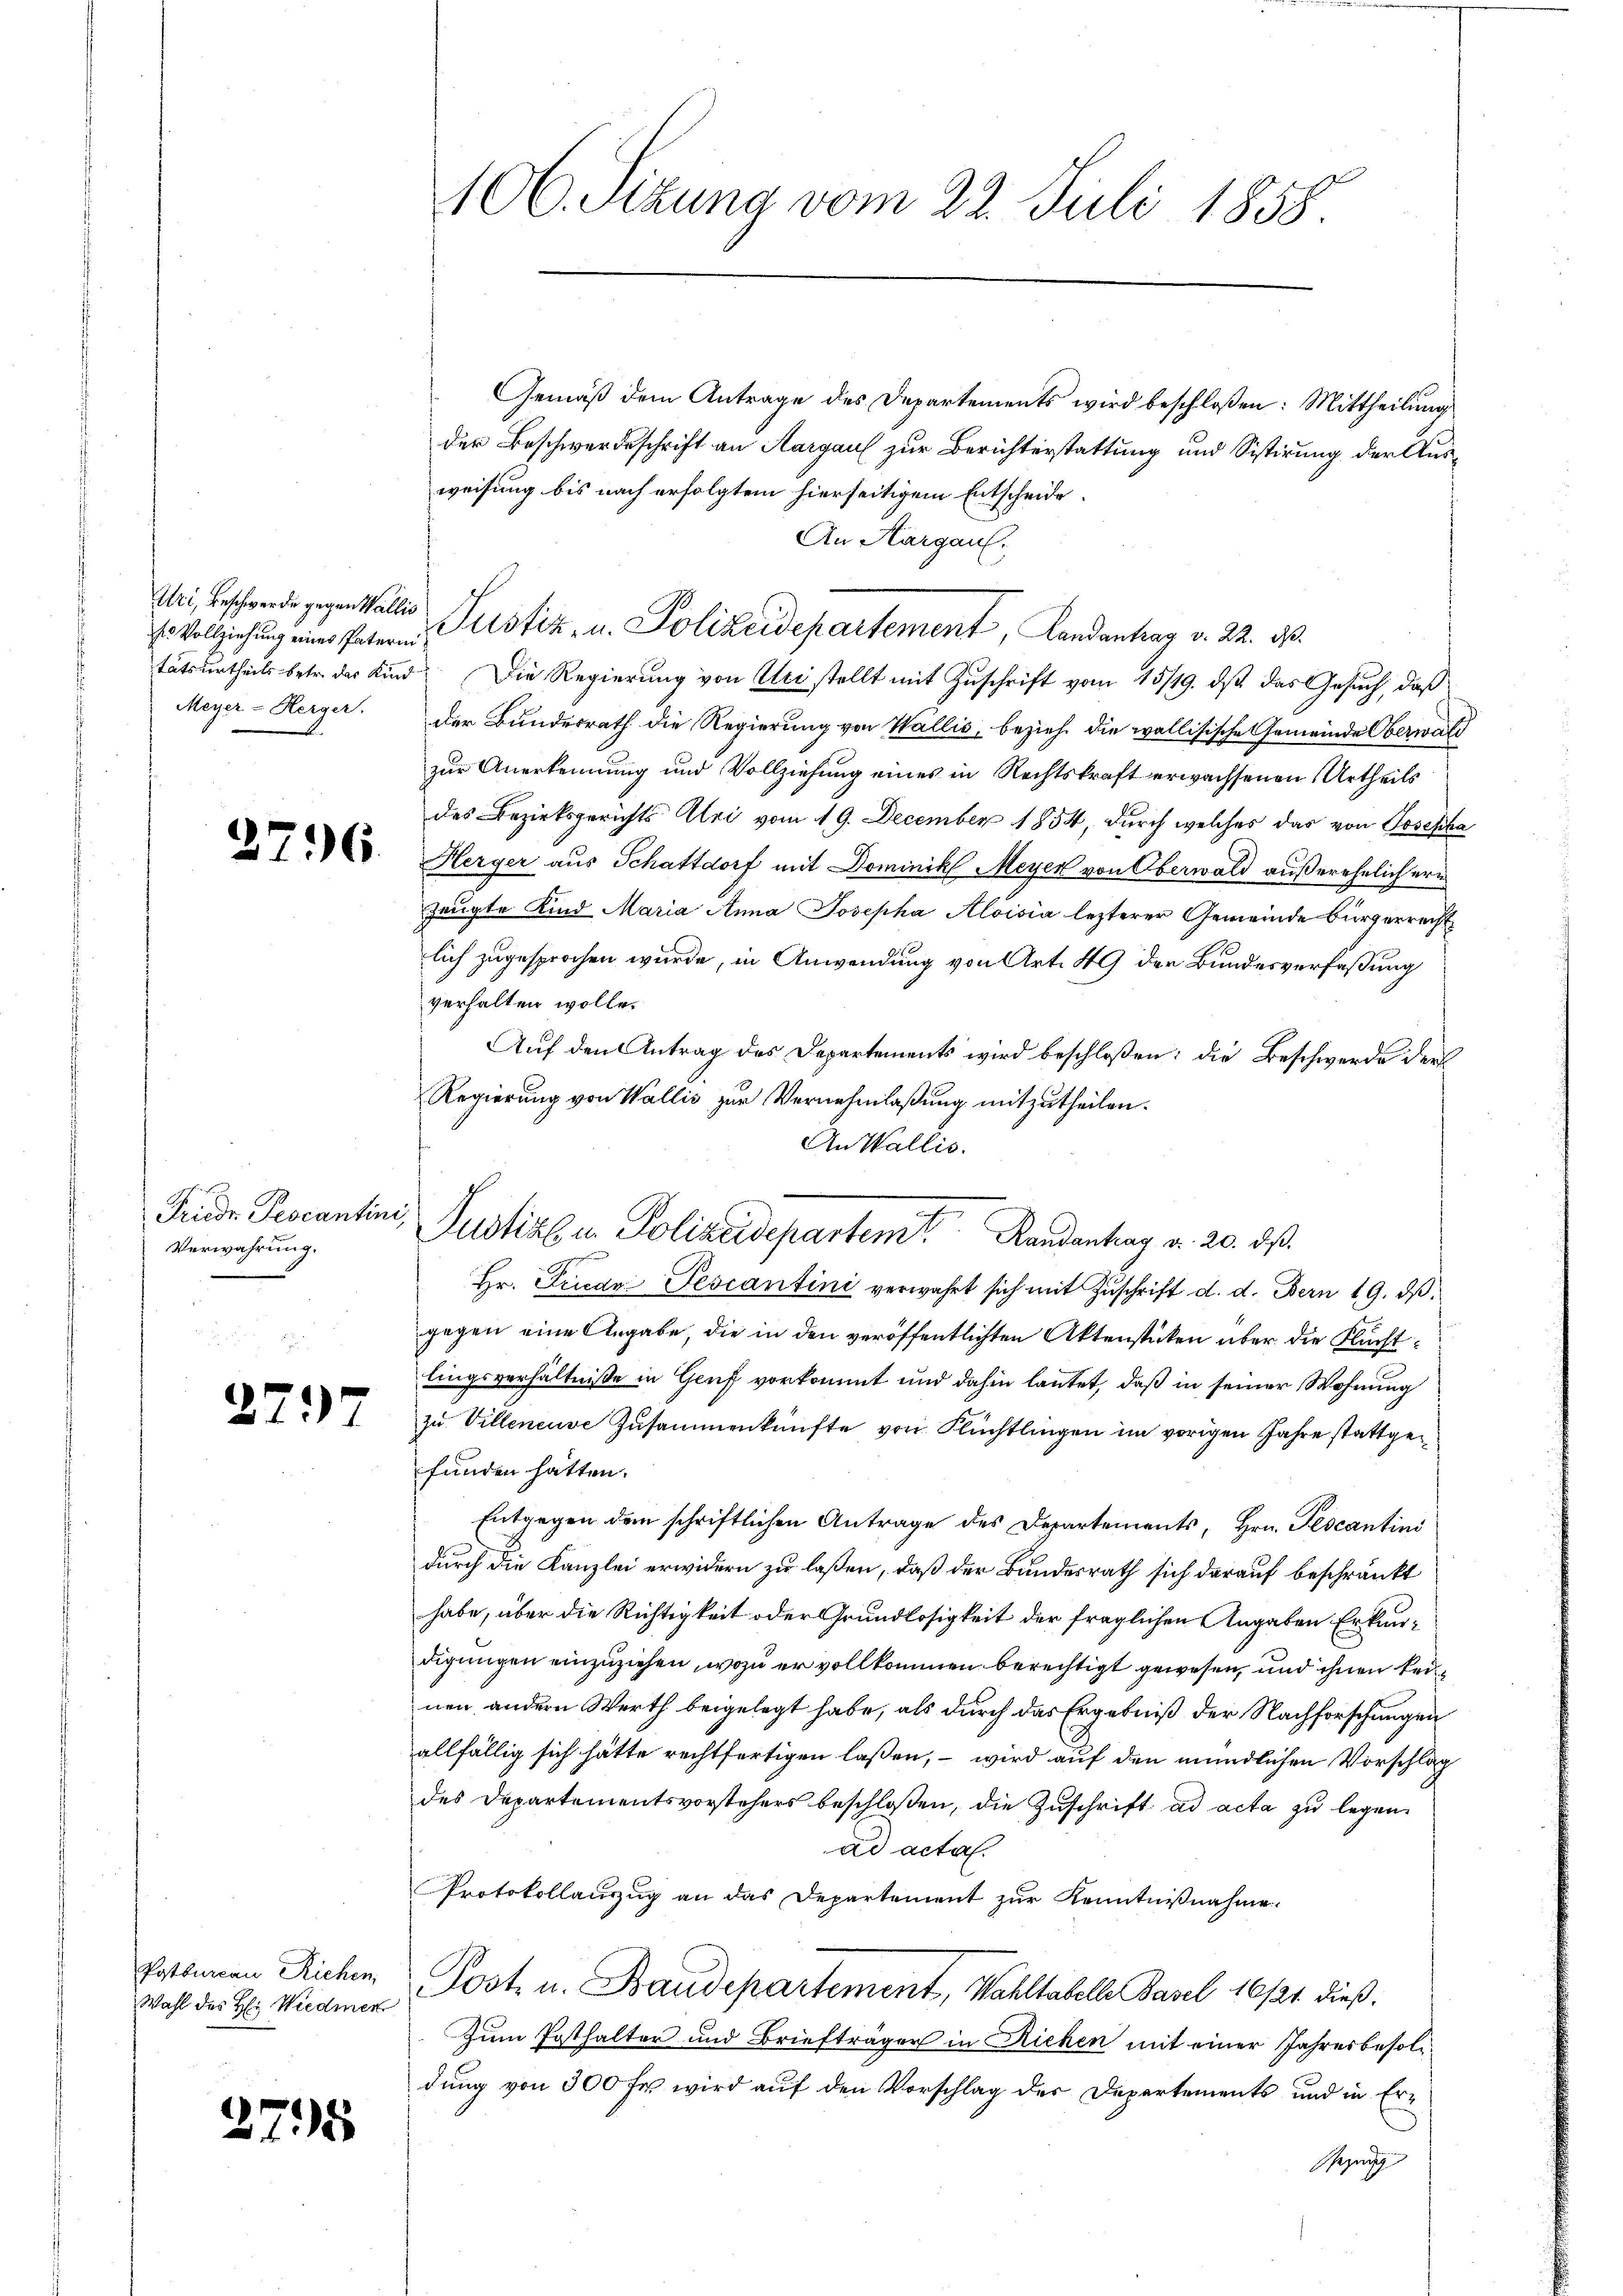
Uri, Beschwerde gegen Wallis

2796.

Friedr. Pescantini,
Verwahrung.
d

2797

Pytbureau Richen,
Wahl des H: Wiedmer

2795

406. Sizung vom 22. Juli 1858.

Gemäß dem Antrage des Departements wird beschloßen: Mittheilung
der Beschwerdeschrift an Aargau zur Berichterstattung und Sistirung der Ausweisung bis nach erfolgtem hierseitigem Entscheide
An Hargau.
E. Vollziehung eines Patern Justiz- u. Polizeidepartement, Landantrag v. 22. ds.
tätsurtheils betr. der Kind. Die Regierung von Uri stellt mit Zuschrift vom 15/19. ds. das Gesuch, daß
Meyer-Herger. Der Bundesrath die Regierung von Wallis, beziehe die wallisische Gemeinde Oberwal
zur Anerkennung und Vollziehung eines in Rechtskraft erwachsenen Urtheils
des Bezirksgerichts Uri vom 19. December 1854, durch welches das von Josepha
Herger aus Schattdorf mit Dominik Meyer von Oberwald außerehelichern
zeugte Kind Maria Anna Josepha Aloisia lezterer Gemeinde bürgerrecht
lich zugesprochen wurde, in Anwendung von Art. 49 der Bundesverfassung
verhalten wolle.
Auf den Antrag des Departements wird beschloßen: die Beschwerde der
Regierung von Wallis zur Vernehmlaßung mitzutheilen.
An Wallis.
Hr. Friede Pescantini verwahrt sich mit Zŭschrift d. d. Bern 19. dβ.
gegen eine Angabe, die in den veröffentlichten Aktenstücken über die Fluchtlingsverhältniße in Genf vorkommt und dahin lautet, daß in seiner Wohnung
zu Villeneuve Zusammenkünfte von Flüchtlingen im vorigen Jahre stattgefunden hätten.
Entgegen dem schriftlichen Antrage des Departements, Hrn. Pescantini
durch die Kanzlei erwidern zu laßen, daß der Bundesrath sich darauf beschränkt
habe, über die Richtigkeit oder Grundlosigkeit der fraglichen Angaben Erkundigungen einzuziehen, wozu er vollkommen berechtigt gewesen, und ihnen keinen andern Werth beigelegt habe, als durch das Ergebniß der Nachforschungen
allfällig sich hätte rechtfertigen laßen, – wird auf den mündlichen Vorschlag
des Departementsvorstehers beschloßen, die Zuschrift ad acta zu legen.
ad acta.
Protokollauszug an das Departement zur Kenntnißnahme.
Post u. Baudepartement, Wahltabell Basel 16/21. dieß¬
Zum Posthalter und Briefträger in Richen mit einer Jahresbesoldung von 300 fr. wird auf den Vorschlag des Departements und in Er¬
Gezung

Justingen Polizeidepartem Randentrag v. 20. ds.